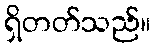
ရှိတတ်သည်။